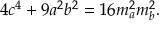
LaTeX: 4 c ^ { 4 } + 9 a ^ { 2 } b ^ { 2 } = 1 6 m _ { a } ^ { 2 } m _ { b } ^ { 2 } .